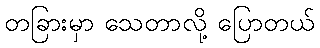
တခြားမှာ သေတာလို့ ပြောတယ်